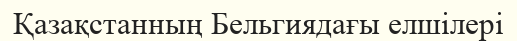
Қазақстанның Бельгиядағы елшілері